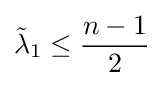
{\tilde {\lambda }}_{1}\leq {\frac {n-1}{2}}